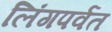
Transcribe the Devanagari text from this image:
लिंगपर्वत